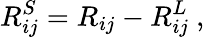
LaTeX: R_{ij}^{S}=R_{ij}-R_{ij}^{L}~,